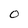
Character: O